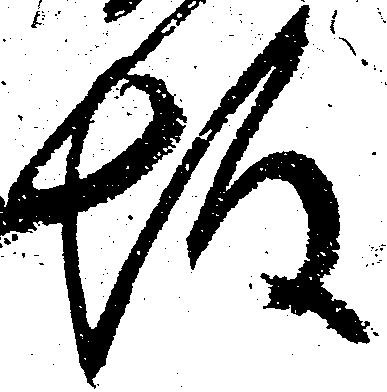
坂